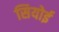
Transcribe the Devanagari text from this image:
सियोई